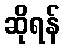
ဆိုရန်